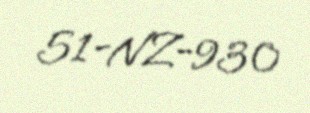
51-NZ-930